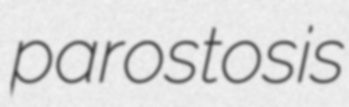
parostosis